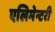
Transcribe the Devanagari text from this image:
एलिमेन्टरी